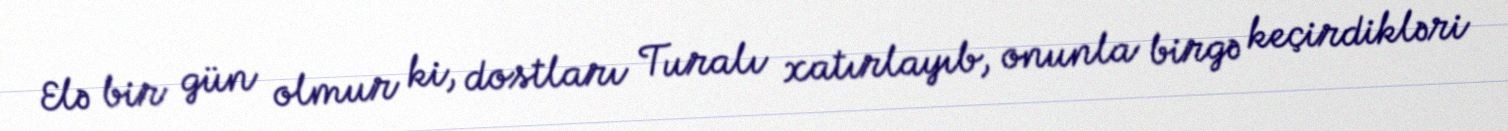
Elə bir gün olmur ki, dostları Turalı xatırlayıb, onunla birgə keçirdikləri